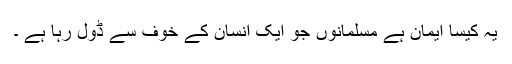
یہ کیسا ایمان ہے مسلمانوں جو ایک انسان کے خوف سے ڈول رہا ہے ۔